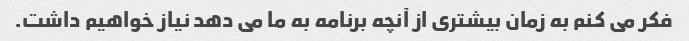
فکر می کنم به زمان بیشتری از آنچه برنامه به ما می دهد نیاز خواهیم داشت.